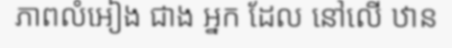
ភាពលំអៀង ជាង អ្នក ដែល នៅលើ ឋាន